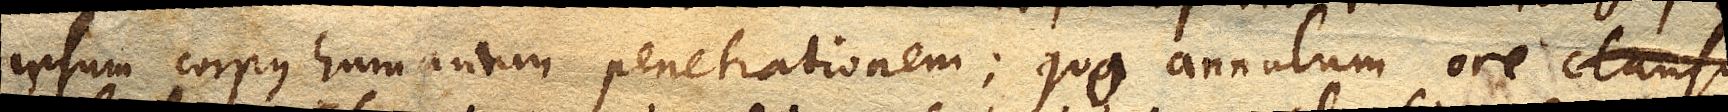
ipsum corpus humanum penetrationem; quo annullum ore clauso